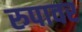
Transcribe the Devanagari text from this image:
रुपावर